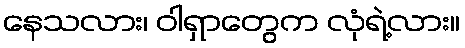
နေသလား၊ ဝါရှာတွေက လုံရဲ့လား။